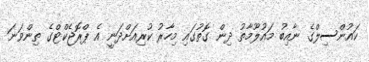
ކައުންސިލްގެ ނާއިބު މައުލޫމާތު ދިން ގޮތުގައި މިހާރު ކުރިއަށްދަނީ އެ ޕްރޮޖެކްޓްގެ ތިންވަނަ